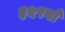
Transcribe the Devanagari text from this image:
३५९वाँ